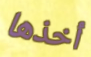
أخذها